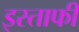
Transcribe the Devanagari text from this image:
इस्ताफी